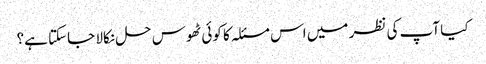
کیا آپ کی نظر میں اس مسئلہ کا کوئی ٹھوس حل نکالا جاسکتا ہے؟